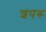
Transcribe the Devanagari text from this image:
शपरू